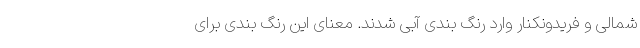
شمالی و فریدونکنار وارد رنگ بندی آبی شدند. معنای این رنگ بندی برای